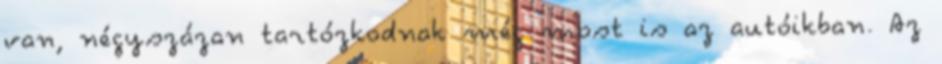
van, négyszázan tartózkodnak még most is az autóikban. Az